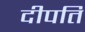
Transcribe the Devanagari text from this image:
दीपति